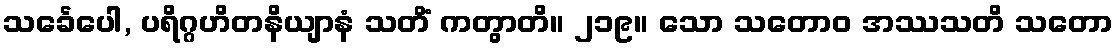
သင်္ခေပေါ, ပရိဂ္ဂဟိတနိယျာနံ သတိံ ကတွာတိ။ ၂၁၉။ သော သတောဝ အဿသတိ သတော